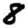
Digit: 8